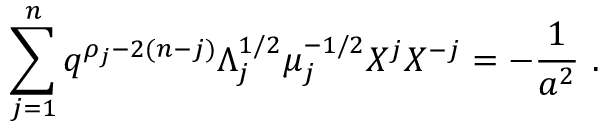
\sum _ { j = 1 } ^ { n } q ^ { \rho _ { j } - 2 ( n - j ) } \Lambda _ { j } ^ { 1 / 2 } \mu _ { j } ^ { - 1 / 2 } { \cal X } ^ { j } { \cal X } ^ { - j } = - \frac { 1 } { a ^ { 2 } } ~ .